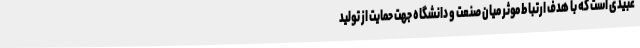
عبیدی است که با هدف ارتباط موثر میان صنعت و دانشگاه جهت حمایت از تولید